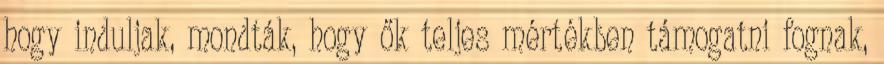
hogy induljak, mondták, hogy ők teljes mértékben támogatni fognak,